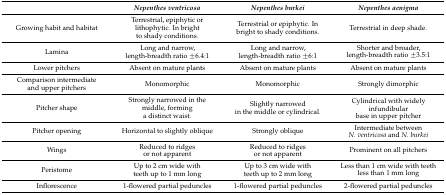
|  | Nepenthes ventricosa | Nepenthes burkei | Nepenthes aenigma |
 | --- | --- | --- | --- |
 | Growing habit and habitat | Terrestrial, epiphytic or lithophytic. In bright to shady conditions. | Terrestrial or epiphytic. In bright to shady conditions. | Terrestrial in deep shade. |
 | Lamina | Long and narrow, length-breadth ratio ±6.4:1 | Long and narrow, length-breadth ratio ±6:1 | Shorter and broader, length-breadth ratio ±3.5:1 |
 | Lower pitchers | Absent on mature plants | Absent on mature plants | Absent on mature plants |
 | Comparison intermediate and upper pitchers | Monomorphic | Monomorphic | Strongly dimorphic |
 | Pitcher shape | Strongly narrowed in the middle, forming a distinct waist. | Slightly narrowed in the middle or cylindrical. | Cylindrical with widely infundibular base in upper pitcher |
 | Pitcher opening | Horizontal to slightly oblique | Strongly oblique | Intermediate between N. ventricosa and N. burkei |
 | Wings | Reduced to ridges or not apparent | Reduced to ridges or not apparent | Prominent on all pitchers |
 | Peristome | Up to 2 cm wide with teeth up to 1 mm long | Up to 3 cm wide with teeth up to 2 mm long | Less than 1 cm wide with teeth less than 1 mm long |
 | Inflorescence | 1-flowered partial peduncles | 1-flowered partial peduncles | 2-flowered partial peduncles |